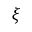
\xi